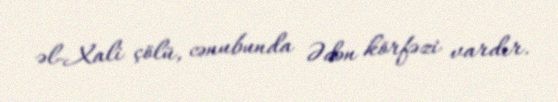
əl-Xali çölü, cənubunda Ədən körfəzi vardır.